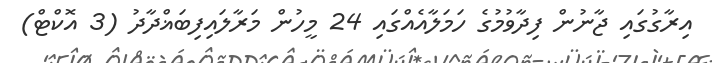
އިރާގުގައި ޖާނުން ފިދާވުމުގެ ހަމަލާއެއްގައި 24 މީހުން މަރާލައިފިބަޣްދާދު (3 އޮކްޓް)